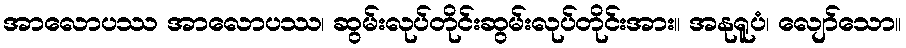
အာလောပဿ အာလောပဿ၊ ဆွမ်းလုပ်တိုင်းဆွမ်းလုပ်တိုင်းအား။ အနုရူပံ၊ လျော်သော။